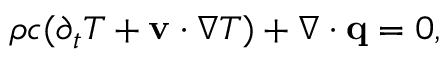
\begin{array} { r } { \rho c ( \partial _ { t } T + \mathbf v \cdot \nabla T ) + \nabla \cdot \mathbf q = 0 , } \end{array}